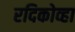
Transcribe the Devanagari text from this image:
रदिकोव्हा